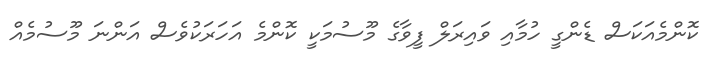
ކޮންމެއަކަސް ޑެންގީ ހުމާއި ވައިރަލް ފީވާގެ މޫސުމަކީ ކޮންމެ އަހަރަކުވެސް އަންނަ މޫސުމެއް